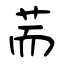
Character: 荋